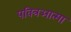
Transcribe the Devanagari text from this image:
पवित्रआत्मा